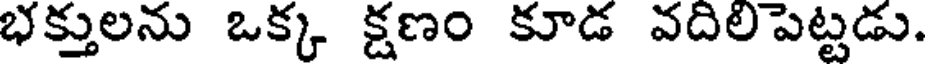
భక్తులను ఒక్క క్షణం కూడ వదిలపెట్టడు.